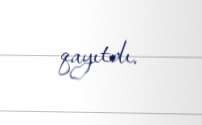
qayıtdı.